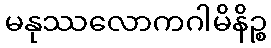
မနုဿလောကဂါမိနိဉ္စ